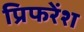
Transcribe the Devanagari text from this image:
प्रिफरेंश